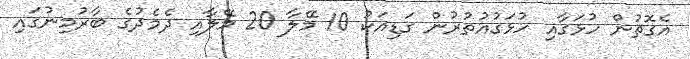
އެގޮތުން ހުޅަގާއި ހުޅަގުއުތުރުން ގަޑިއަކު 10 މޭލާ 20 މޭލާއި ދެމެދުގެ ބާރުމިނުގައި